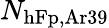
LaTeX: N_{\mathrm{hFp,Ar39}}